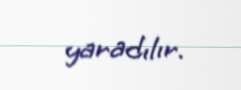
yaradılır.